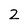
Character: 2